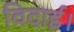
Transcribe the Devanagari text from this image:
विदाई।